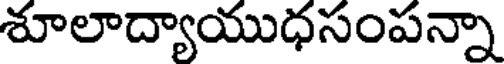
శూలాద్యాయుధసంపన్నా